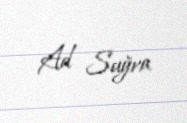
Ad Suğra